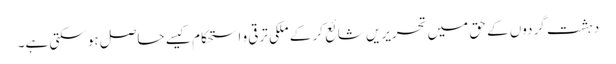
دہشت گردوں کے حق میں تحریریں شائع کر کے ملکی ترقی و استحکام کیسے حاصل ہو سکتی ہے۔